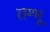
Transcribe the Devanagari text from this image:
तम्भू